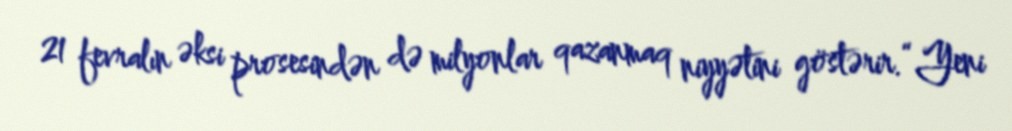
21 fevralın əksi prosesindən də milyonlar qazanmaq niyyətini göstərir.“Yeni